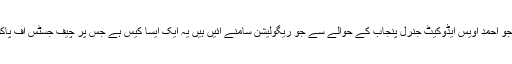
دوسری جو ایک بڑی اہم بات ہے جو احمد اویس ایڈوکیٹ جنرل پنجاب کے حوالے سے جو ریگولیشن سامنے آئیں ہیں یہ ایک ایسا کیس ہے جس پر چیف جسٹس آف پاکستان کو ضرور نوٹس لینا چاہیے ۔